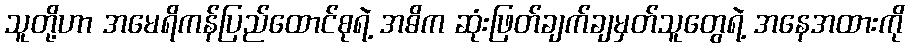
သူတို့ဟာ အမေရိကန်ပြည်ထောင်စုရဲ့ အဓိက ဆုံးဖြတ်ချက်ချမှတ်သူတွေရဲ့ အနေအထားကို